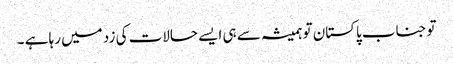
توجناب پاکستان تو ہمیشہ سے ہی ایسے حالات کی زد میں رہا ہے ۔